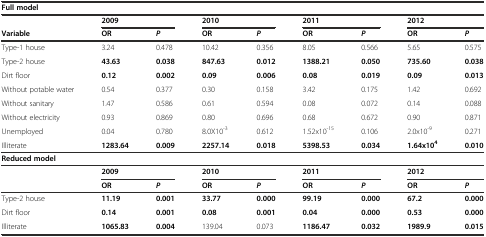
| <COLSPAN=9> Full model |
 |  | <COLSPAN=2> 2009 | <COLSPAN=2> 2010 | <COLSPAN=2> 2011 | <COLSPAN=2> 2012 |
 | Variable | OR | P | OR | P | OR | P | OR | P |
 | --- | --- | --- | --- | --- | --- | --- | --- | --- |
 | Type-1 house | 3.24 | 0.478 | 10.42 | 0.356 | 8.05 | 0.566 | 5.65 | 0.575 |
 | Type-2 house | 43.63 | 0.038 | 847.63 | 0.012 | 1388.21 | 0.050 | 735.60 | 0.038 |
 | Dirt floor | 0.12 | 0.002 | 0.09 | 0.006 | 0.08 | 0.019 | 0.09 | 0.013 |
 | Without potable water | 0.54 | 0.377 | 0.30 | 0.158 | 3.42 | 0.175 | 1.42 | 0.692 |
 | Without sanitary | 1.47 | 0.586 | 0.61 | 0.594 | 0.08 | 0.072 | 0.14 | 0.088 |
 | Without electricity | 0.93 | 0.869 | 0.80 | 0.696 | 0.68 | 0.672 | 0.90 | 0.871 |
 | Unemployed | 0.04 | 0.780 | 8.0X10-3 | 0.612 | 1.52x10-15 | 0.106 | 2.0x10-9 | 0.271 |
 | Illiterate | 1283.64 | 0.009 | 2257.14 | 0.018 | 5398.53 | 0.034 | 1.64x104 | 0.010 |
 | <COLSPAN=9> Reduced model |
 |  | <COLSPAN=2> 2009 | <COLSPAN=2> 2010 | <COLSPAN=2> 2011 | <COLSPAN=2> 2012 |
 |  | OR | P | OR | P | OR | P | OR | P |
 | Type-2 house | 11.19 | 0.001 | 33.77 | 0.000 | 99.19 | 0.000 | 67.2 | 0.000 |
 | Dirt floor | 0.14 | 0.001 | 0.08 | 0.001 | 0.04 | 0.000 | 0.53 | 0.000 |
 | Illiterate | 1065.83 | 0.004 | 139.04 | 0.073 | 1186.47 | 0.032 | 1989.9 | 0.015 |